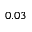
0 . 0 3